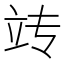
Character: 𫁟